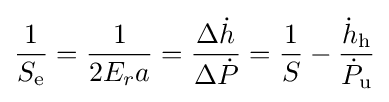
{\frac {1}{S_{\text{e}}}}={\frac {1}{2E_{r}a}}={\frac {\Delta {\dot {h}}}{\Delta {\dot {P}}}}={\frac {1}{S}}-{\frac {{\dot {h}}_{\text{h}}}{{\dot {P}}_{\text{u}}}}